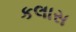
કલાસ